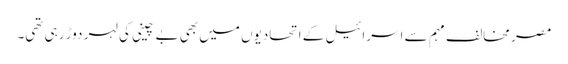
مصر مخالف مہم سے اسرائیل کے اتحادیوں میں بھی بے چینی کی لہر دوڑ رہی تھی۔